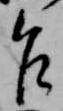
乍